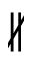
\nparallel